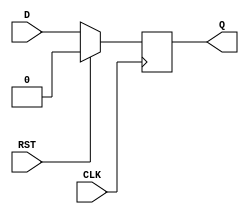
module synchronous_register (
    input wire D,        // Data input
    input wire CLK,      // Clock input
    input wire RST,      // Reset input (active high)
    output reg Q         // Data output
);

// Synchronous reset and data capture
always @(posedge CLK) begin
    if (RST) begin
        Q <= 1'b0;      // Reset output to 0
    end else begin
        Q <= D;         // Capture data on rising edge of CLK
    end
end

endmodule